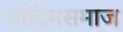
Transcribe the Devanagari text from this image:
आदिमसमाज